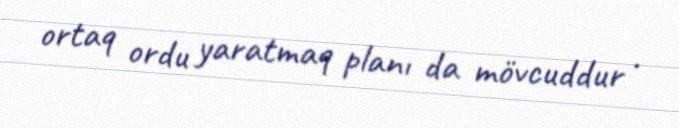
ortaq ordu yaratmaq planı da mövcuddur .